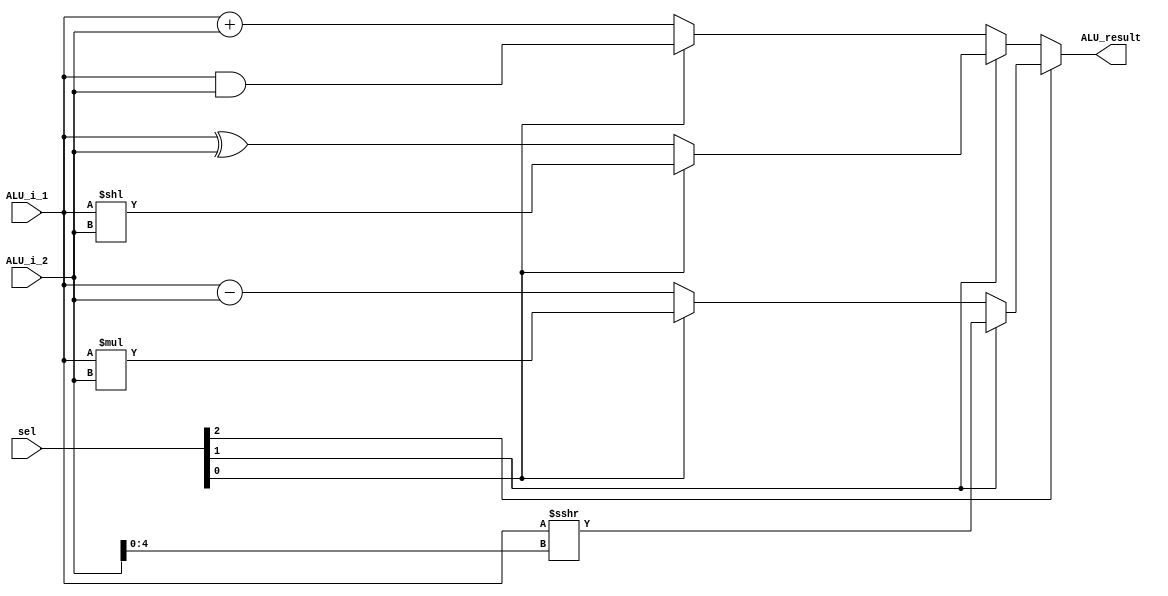
module ALU
(
    ALU_i_1,
    ALU_i_2,
    sel,
    ALU_result,
);

input signed [31:0] ALU_i_1;
input signed [31:0] ALU_i_2;
input [2:0] sel;
output signed [31:0] ALU_result;

// for sel
/*
000: add 
001: and
010: xor
011: sll
100: sub
101: mul
110: srai
*/

wire [31:0] ALU_result;

assign ALU_result = (sel[2]? (sel[1]? ALU_i_1 >>> ALU_i_2[4:0] : 
                          (sel[0]? ALU_i_1 * ALU_i_2 : ALU_i_1 - ALU_i_2)) :
                      (sel[1]? (sel[0]? ALU_i_1 << ALU_i_2 : ALU_i_1 ^ ALU_i_2) :
                          (sel[0]? ALU_i_1 & ALU_i_2 : ALU_i_1 + ALU_i_2)));

endmodule